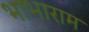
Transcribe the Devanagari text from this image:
भाभाराम